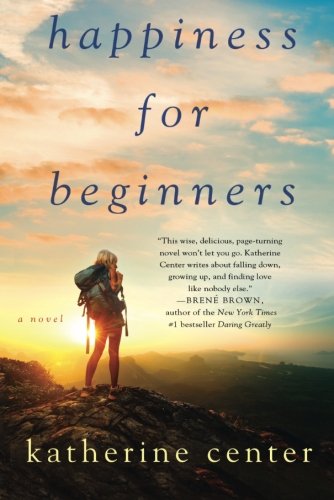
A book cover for Happiness for Beginners: A Novel; Katherine Center; Literature & Fiction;